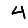
Digit: 4